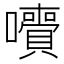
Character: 𡄙